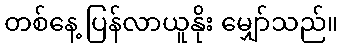
တစ်နေ့ ပြန်လာယူနိုး မျှော်သည်။